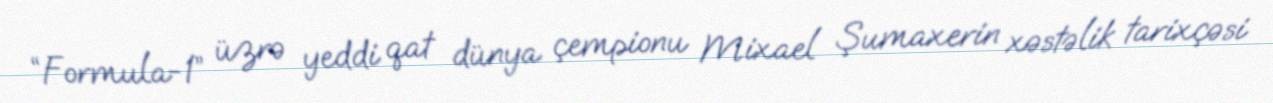
“Formula-1” üzrə yeddi qat dünya çempionu Mixael Şumaxerin xəstəlik tarixçəsi